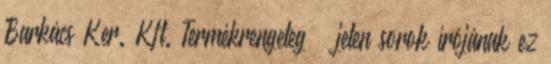
Barkács Ker. Kft. Termékrengeteg – jelen sorok írójának ez